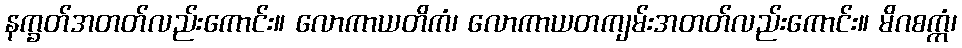
နက္ခတ်အတတ်လည်းကောင်း။ လောကာယတိကံ၊ လောကာယတကျမ်းအတတ်လည်းကောင်း။ မိဂစက္ကံ၊